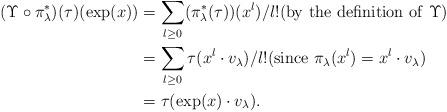
LaTeX: \begin{align*}(\Upsilon \circ \pi_\lambda ^\ast) (\tau) (\exp(x)) &= \sum_{l \ge 0} (\pi_\lambda ^\ast(\tau))(x^l)/l!({\rm by\ the\ definition\ of}\ \Upsilon)\\&= \sum_{l \ge 0} \tau(x^l \cdot v_\lambda)/l!({\rm since}\ \pi_\lambda(x^l) = x^l \cdot v_\lambda)\\&= \tau(\exp(x) \cdot v_\lambda).\end{align*}